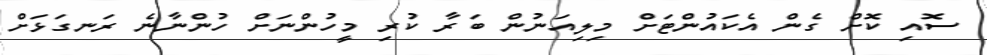
ސޮއި ކޮށް ގެން އެކައުންޓަށް މިލިއަނުން ބަރާ ކުރި މީހުންނަށް ހުންނާނެ ރަނގަޅަށް